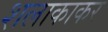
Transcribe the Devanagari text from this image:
शलाकाकर